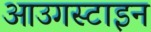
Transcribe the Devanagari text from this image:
आउगस्टाइन